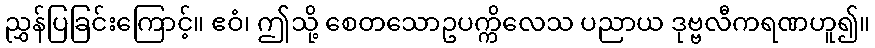
ညွှန်ပြခြင်းကြောင့်။ ဧဝံ၊ ဤသို့ စေတသောဥပက္ကိလေသ ပညာယ ဒုဗ္ဗလီကရဏဟူ၍။